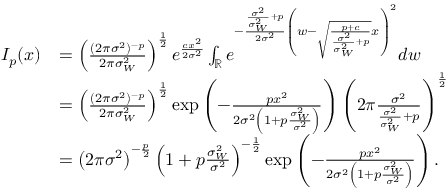
\begin{array} { r l } { I _ { p } ( x ) } & { = \left( \frac { ( 2 \pi \sigma ^ { 2 } ) ^ { - p } } { 2 \pi \sigma _ { W } ^ { 2 } } \right) ^ { \frac { 1 } { 2 } } e ^ { { \frac { c { x } ^ { 2 } } { 2 \sigma ^ { 2 } } } } \int _ { \mathbb { R } } e ^ { - \frac { \frac { \sigma ^ { 2 } } { \sigma _ { W } ^ { 2 } } + p } { 2 \sigma ^ { 2 } } \left( { w } - \sqrt { \frac { p + c } { \frac { \sigma ^ { 2 } } { \sigma _ { W } ^ { 2 } } + p } } { x } \right) ^ { 2 } } d { w } } \\ & { = \left( \frac { ( 2 \pi \sigma ^ { 2 } ) ^ { - p } } { 2 \pi \sigma _ { W } ^ { 2 } } \right) ^ { \frac { 1 } { 2 } } \exp \left( - { \frac { p { x } ^ { 2 } } { 2 \sigma ^ { 2 } \left( 1 + p \frac { \sigma _ { W } ^ { 2 } } { \sigma ^ { 2 } } \right) } } \right) \left( 2 \pi \frac { \sigma ^ { 2 } } { \frac { \sigma ^ { 2 } } { \sigma _ { W } ^ { 2 } } + p } \right) ^ { \frac { 1 } { 2 } } } \\ & { = \left( 2 \pi \sigma ^ { 2 } \right) ^ { - \frac { p } { 2 } } \left( 1 + p \frac { \sigma _ { W } ^ { 2 } } { \sigma ^ { 2 } } \right) ^ { - \frac { 1 } { 2 } } \exp \left( - { \frac { p { x } ^ { 2 } } { 2 \sigma ^ { 2 } \left( 1 + p \frac { \sigma _ { W } ^ { 2 } } { \sigma ^ { 2 } } \right) } } \right) . } \end{array}